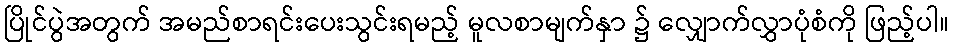
ပြိုင်ပွဲအတွက် အမည်စာရင်းပေးသွင်းရမည့် မူလစာမျက်နှာ ၌ လျှောက်လွှာပုံစံကို ဖြည့်ပါ။